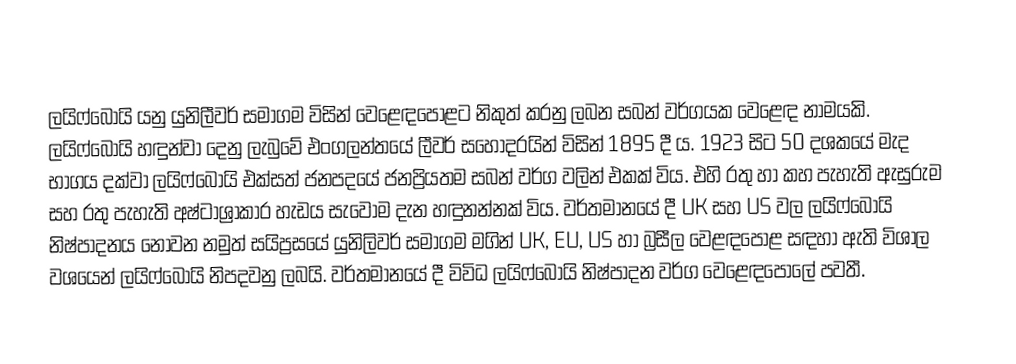
ලයිෆ්බෝයි යනු යුනිලීවර් සමාගම විසින් වෙළෙඳපොළට නිකුත් කරනු ලබන සබන් වර්ගයක වෙළෙඳ නාමයකි. ලයිෆ්බෝයි හඳුන්වා දෙනු ලැබුවේ එංගලන්තයේ ලීවර් සහෝදරයින් විසින් 1895 දී ය. 1923 සිට 50 දශකයේ මැද භාගය දක්වා ලයිෆ්බෝයි එක්සත් ජනපදයේ ජනප්‍රියතම සබන් වර්ග වලින් එකක් විය. එහි රතු හා කහ පැහැති ඇසුරුම සහ රතු පැහැති අෂ්ටාශ්‍රාකාර හැඩය සැවොම දැන හඳුනන්නක් විය. වර්තමානයේ දී UK සහ US වල ලයිෆ්බෝයි නිෂ්පාදනය නොවන නමුත් සයිප්‍රසයේ යුනිලිවර් සමාගම මගින් UK, EU, US හා බ්‍රසීල වෙළඳපොළ සඳහා ඇති විශාල වශයෙන් ලයිෆ්බෝයි නිපදවනු ලබයි. වර්තමානයේ දී විවිධ ලයිෆ්බෝයි නිෂ්පාදන වර්ග වෙළෙඳපොලේ පවතී.